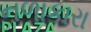
નળાકારા